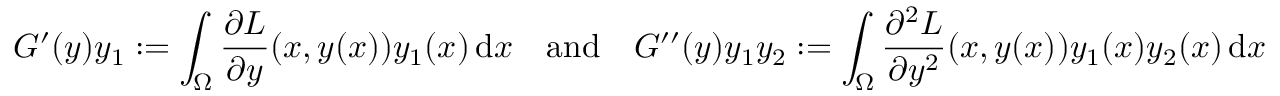
G ^ { \prime } ( y ) y _ { 1 } : = \int _ { \Omega } \frac { \partial L } { \partial y } ( x , y ( x ) ) y _ { 1 } ( x ) \, \mathrm { d } x \quad \mathrm { a n d } \quad G ^ { \prime \prime } ( y ) y _ { 1 } y _ { 2 } : = \int _ { \Omega } \frac { \partial ^ { 2 } L } { \partial y ^ { 2 } } ( x , y ( x ) ) y _ { 1 } ( x ) y _ { 2 } ( x ) \, \mathrm { d } x